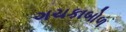
ગચકાબોળ